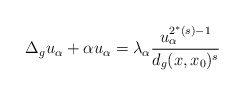
\begin{align*}\Delta_gu_\alpha + \alpha u_\alpha = \lambda_\alpha\frac{u_\alpha^{2^*(s)-1}}{d_g(x,x_0)^s}\end{align*}